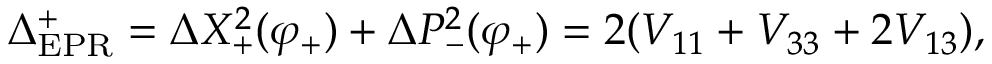
\Delta _ { \mathrm { E P R } } ^ { + } = \Delta X _ { + } ^ { 2 } ( \varphi _ { + } ) + \Delta P _ { - } ^ { 2 } ( \varphi _ { + } ) = 2 ( V _ { 1 1 } + V _ { 3 3 } + 2 V _ { 1 3 } ) ,